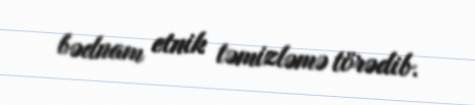
bədnam etnik təmizləmə törədib.